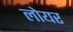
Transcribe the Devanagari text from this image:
लोयर